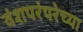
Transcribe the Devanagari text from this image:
वंशपरंपरेच्या